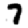
Digit: 7